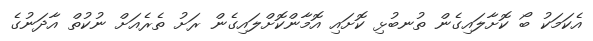
އެކަމަކު ބޯ ކޮށާލައިގެން ތުނބުޅި ކޮށައި އޮމާންކޮށްލައިގެން ރަށު ތެރެއަށް ނުކުތް އާދަނުގެ